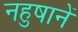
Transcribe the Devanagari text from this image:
नहुषानें